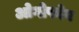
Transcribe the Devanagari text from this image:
ओगोफोग